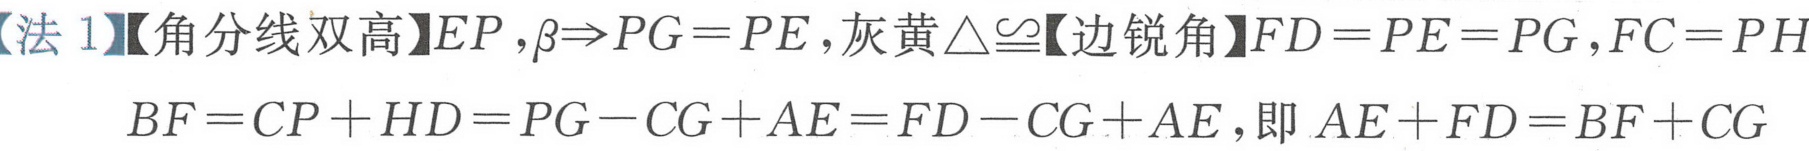
【法 1】【角分线双高】\(EP\)，\(\beta\Rightarrow PG = PE\)，灰黄\(\triangle\cong\)【边锐角】\(FD = PE = PG\)，\(FC = PH\)
\(BF = CP + HD = PG - CG + AE = FD - CG + AE\)，即 \(AE + FD = BF + CG\)